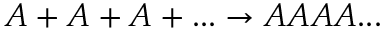
A + A + A + . . . \rightarrow A A A A . . .